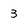
Character: 3